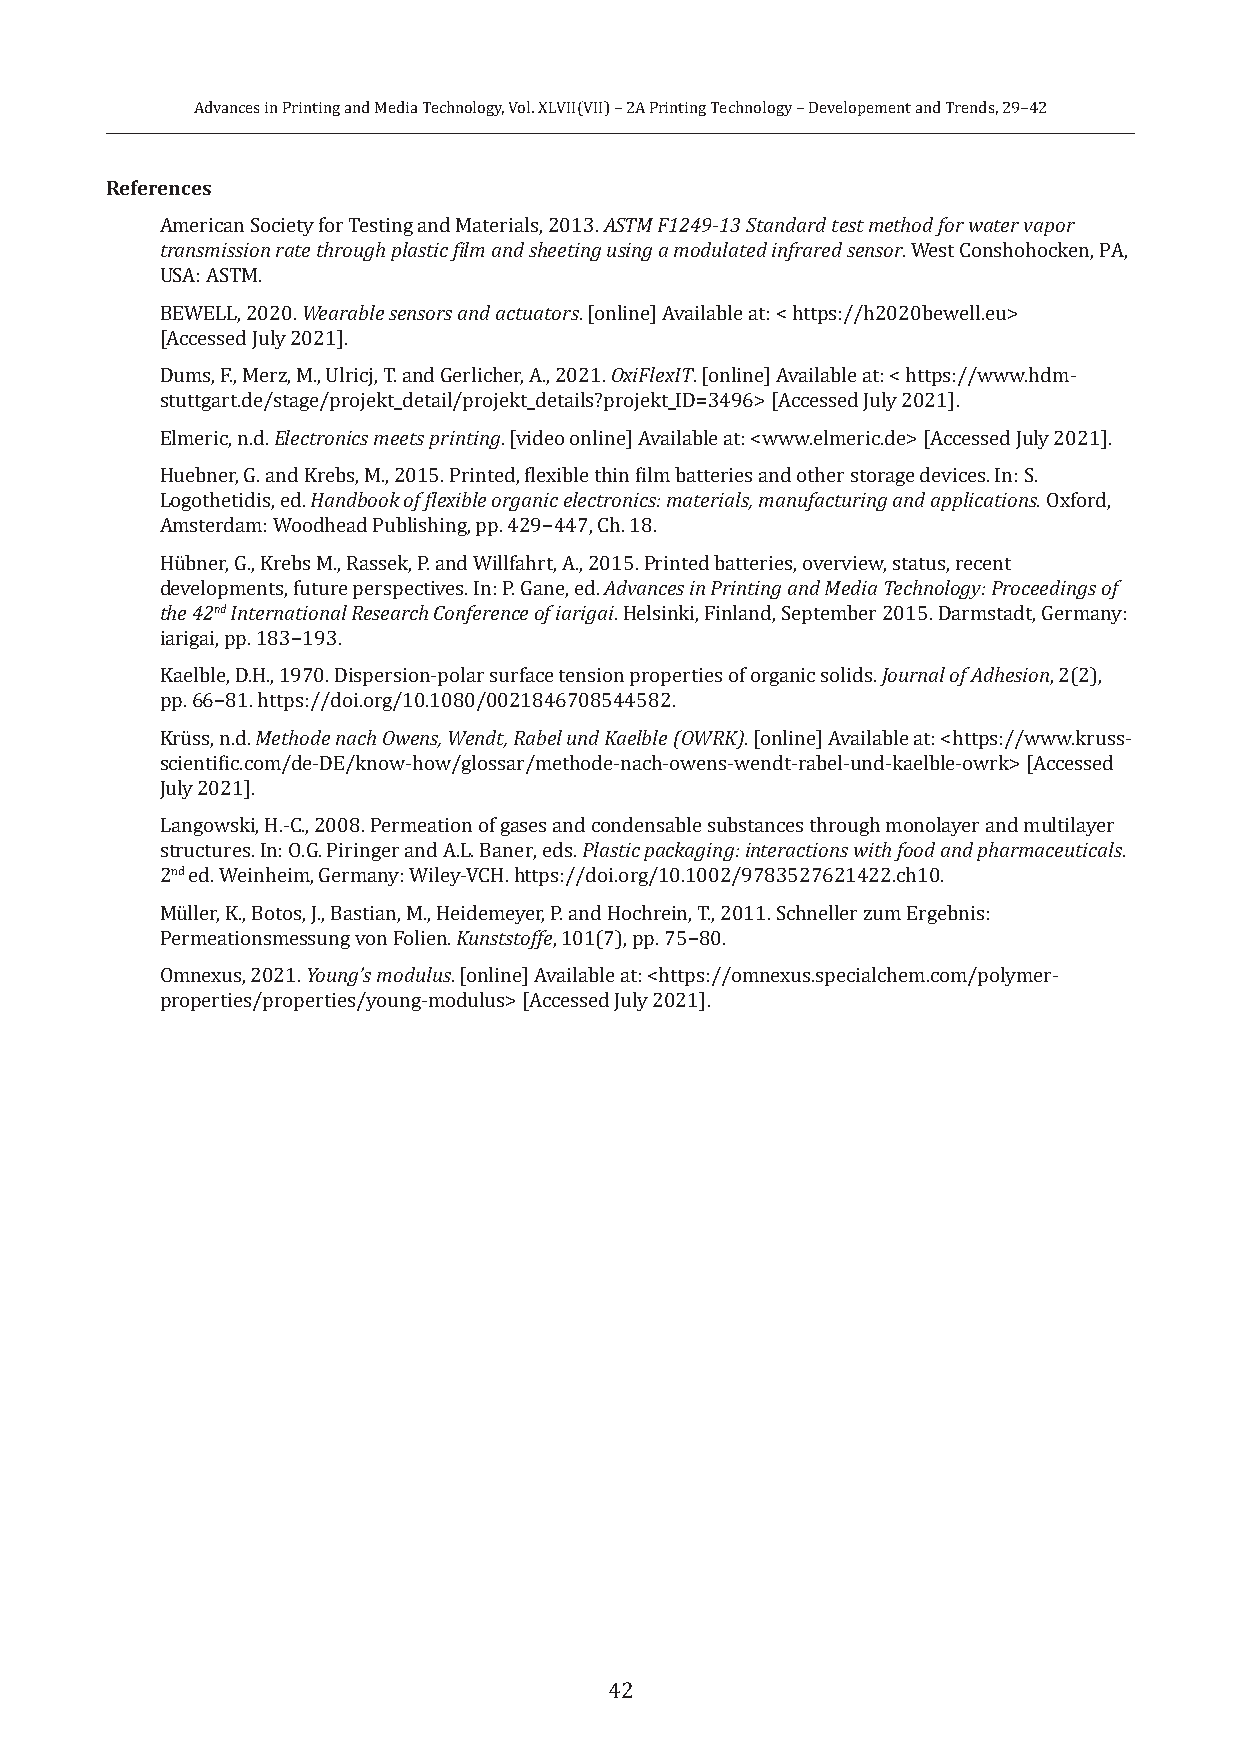
Advances in Printing and Media Technology, Vol. XLVII(VII) – 2A Printing Technology – Developement and Trends, 29–42
 References
 American Society for Testing and Materials, 2013. ASTM F1249-13 Standard test method for water vapor
 transmission rate through plastic film and sheeting using a modulated infrared sensor. West Conshohocken, PA,
 USA: ASTM.
 BEWELL, 2020. Wearable sensors and actuators. [online] Available at: < https://h2020bewell.eu>
 [Accessed July 2021].
 Dums, F., Merz, M., Ulricj, T. and Gerlicher, A., 2021. OxiFlexIT. [online] Available at: < https://www.hdm-
 stuttgart.de/stage/projekt_detail/projekt_details?projekt_ID=3496> [Accessed July 2021].
 Elmeric, n.d. Electronics meets printing. [video online] Available at: <www.elmeric.de> [Accessed July 2021].
 Huebner, G. and Krebs, M., 2015. Printed, flexible thin film batteries and other storage devices. In: S.
 Logothetidis, ed. Handbook of flexible organic electronics: materials, manufacturing and applications. Oxford,
 Amsterdam: Woodhead Publishing, pp. 429−447, Ch. 18.
 Hübner, G., Krebs M., Rassek, P. and Willfahrt, A., 2015. Printed batteries, overview, status, recent
 developments, future perspectives. In: P. Gane, ed. Advances in Printing and Media Technology: Proceedings of
 the 42nd International Research Conference of iarigai. Helsinki, Finland, September 2015. Darmstadt, Germany:
 iarigai, pp. 183−193.
 Kaelble, D.H., 1970. Dispersion-polar surface tension properties of organic solids. Journal of Adhesion, 2(2),
 pp. 66−81. https://doi.org/10.1080/0021846708544582.
 Krüss, n.d. Methode nach Owens, Wendt, Rabel und Kaelble (OWRK). [online] Available at: <https://www.kruss-
 scientific.com/de-DE/know-how/glossar/methode-nach-owens-wendt-rabel-und-kaelble-owrk> [Accessed
 July 2021].
 Langowski, H.-C., 2008. Permeation of gases and condensable substances through monolayer and multilayer
 structures. In: O.G. Piringer and A.L. Baner, eds. Plastic packaging: interactions with food and pharmaceuticals.
 2nd ed. Weinheim, Germany: Wiley-VCH. https://doi.org/10.1002/9783527621422.ch10.
 Müller, K., Botos, J., Bastian, M., Heidemeyer, P. and Hochrein, T., 2011. Schneller zum Ergebnis:
 Permeationsmessung von Folien. Kunststoffe, 101(7), pp. 75−80.
 Omnexus, 2021. Young’s modulus. [online] Available at: <https://omnexus.specialchem.com/polymer-
 properties/properties/young-modulus> [Accessed July 2021].
 42